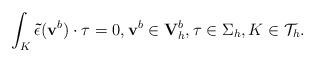
LaTeX: \begin{align*}\int_{K}\mathbf{\tilde{\epsilon}}(\mathbf v^{b})\cdot\mathbf\tau =0, \mathbf v^{b}\in \mathbf V_{h}^{b}, \mathbf\tau\in\Sigma_h, K\in\mathcal{T}_{h}.\end{align*}